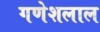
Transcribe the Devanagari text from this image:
गणेशलाल